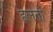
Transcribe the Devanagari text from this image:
हलतों